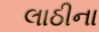
લાઠીના